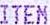
ITEM